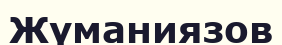
Жүманиязов